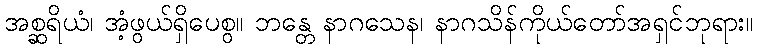
အစ္ဆရိယံ၊ အံ့ဖွယ်ရှိပေစွ။ ဘန္တေ နာဂသေန၊ နာဂသိန်ကိုယ်တော်အရှင်ဘုရား။